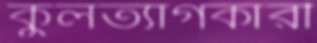
কুলত্যাগকারী